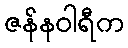
ဇန်နဝါရီက